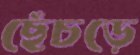
ছেঁচড়ে